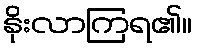
နိုးလာကြရ၏။